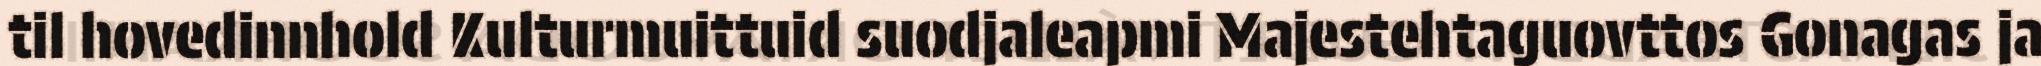
til hovedinnhold Kulturmuittuid suodjaleapmi Majestehtaguovttos Gonagas ja